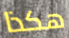
هكذا